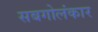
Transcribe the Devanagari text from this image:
सबगोलंकार